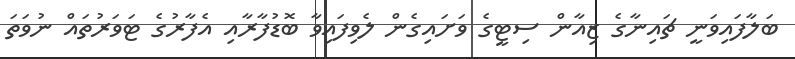
ބަލާފައިވަނީ ޗައިނާގެ ޒިއާން ސިޓީގެ ވަށައިގެން ލެވިފައިވާ ބޮޑުފާރާއި އެފާރުގެ ޓަވަރުތައް ނުވަތަ